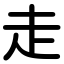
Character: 走